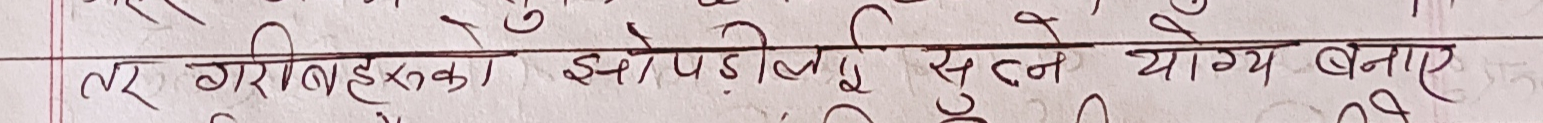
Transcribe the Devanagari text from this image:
तर गरीबहरूका झोपडी सुत्न योग्य बनाए